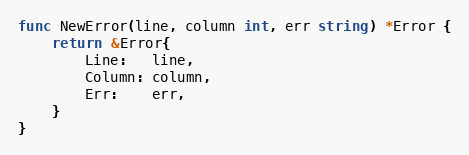
Language: Go
func NewError(line, column int, err string) *Error {
	return &Error{
		Line:   line,
		Column: column,
		Err:    err,
	}
}